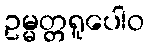
ဥမ္မတ္တရူပေါဝ